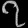
Digit: ၇